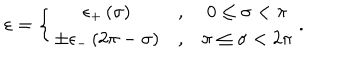
\varepsilon = \left\{ \begin{array} { c c c } { { \epsilon _ { + } \left( \sigma \right) } } & { { , } } & { { 0 \leq \sigma < \pi } } \\ { { \pm \epsilon _ { - } \left( 2 \pi - \sigma \right) } } & { { , } } & { { \pi \leq \sigma < 2 \pi } } \\ \end{array} \right. .